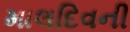
માલદિવની